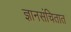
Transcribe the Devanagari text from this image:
ज्ञानसंचितात